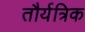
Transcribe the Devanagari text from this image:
तौर्यत्रिक